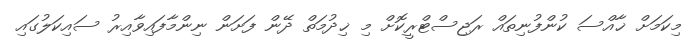
މިކަމަށް ޚާއްސަ ކުންފުނިތައް ރަޖިސްޓްރީކޮށް މި ޚިދުމަތް ދޭން ފަށަން ނިންމާފައިވާއިރު ސައިކަލުގައި